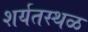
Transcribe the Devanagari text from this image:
शर्यतस्थळ